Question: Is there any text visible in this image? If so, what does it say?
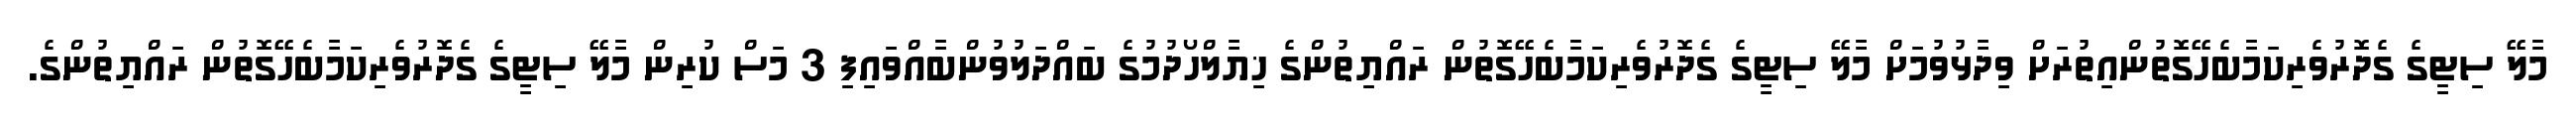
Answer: މާލޭ ސިޓީގެ ގެދޮރުވެރިކަމާބެހޭގޮތުންއިތުރަށް ވިދާޅުވުމަށް މާލޭ ސިޓީގެ ގެދޮރުވެރިކަމާބެހޭގޮތުން ރައްޔިތުންގެ ޚިޔާލްހޯދުމުގެ ބައްދަލުވުންބާއްވައިފި 3 މަސް ކުރިން މާލޭ ސިޓީގެ ގެދޮރުވެރިކަމާބެހޭގޮތުން ރައްޔިތުންގެ.